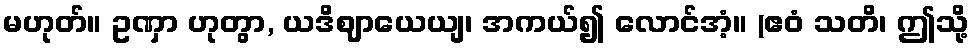
မဟုတ်။ ဥဏှာ ဟုတွာ, ယဒိဈာယေယျ၊ အကယ်၍ လောင်အံ့။ (ဧဝံ သတိ၊ ဤသို့